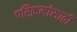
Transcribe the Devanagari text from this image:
परिक्रमांसाठी